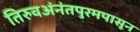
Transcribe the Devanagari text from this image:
तिरुवअंनंतपुरमपासून